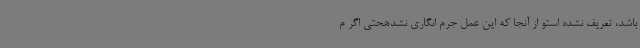
باشد، تعریف نشده استو از آنجا که این عمل جرم انگاری نشدهحتی اگر م